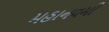
મહાનવમી